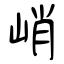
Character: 峭